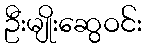
ဦးမျိုးဆွေဝင်း